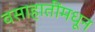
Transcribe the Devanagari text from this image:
वसाहातींमधून